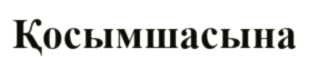
Қосымшасына